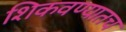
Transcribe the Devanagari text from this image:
शिकवण्यातच